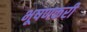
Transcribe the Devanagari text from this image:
भूषणकरी